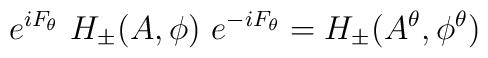
e^{iF_\theta}\ H_\pm (A,\phi )\ e^{-iF_\theta} =H_\pm (A^\theta ,\phi^\theta )